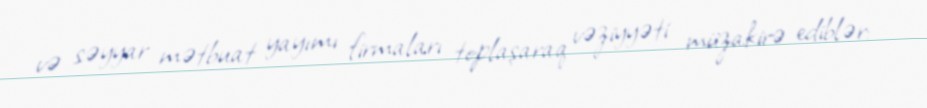
və səyyar mətbuat yayımı firmaları toplaşaraq vəziyyəti müzakirə ediblər: